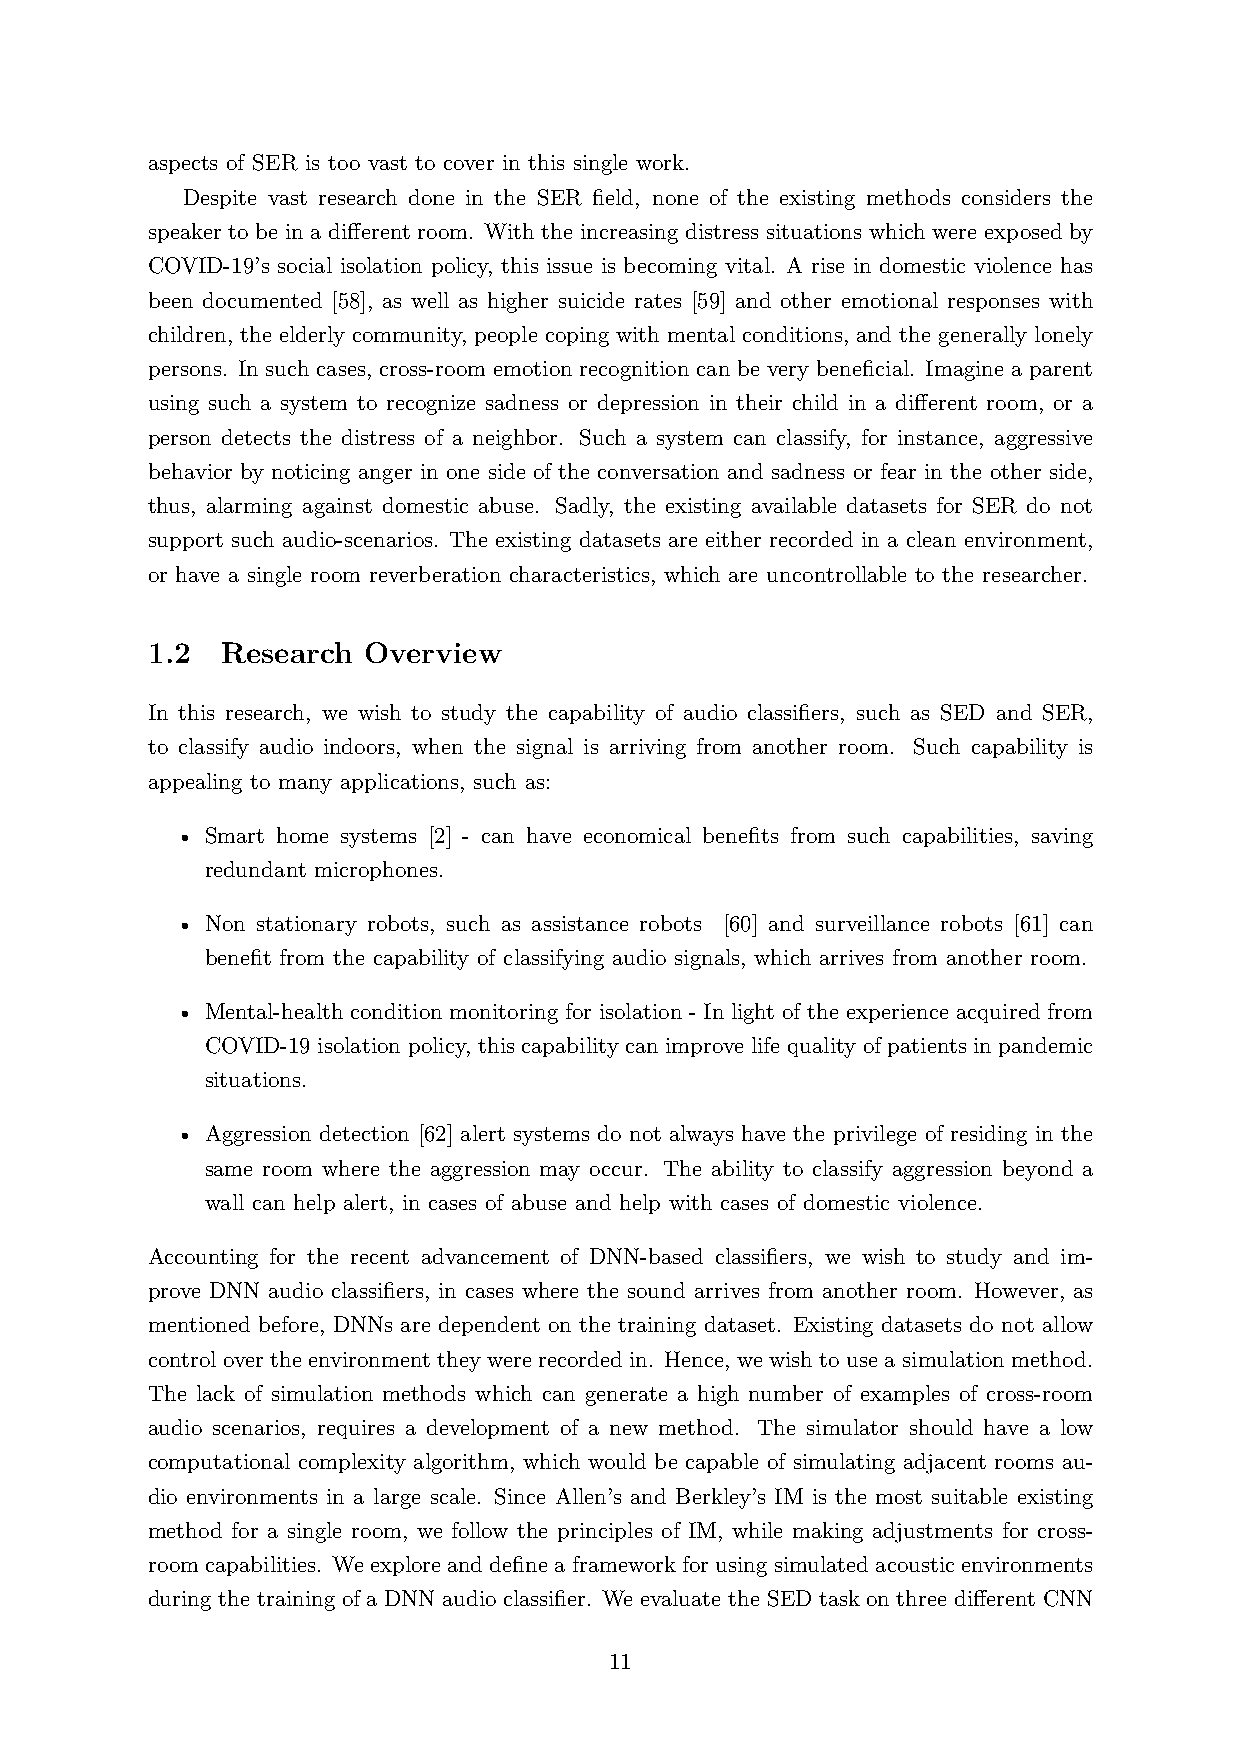
aspects of SER is too vast to cover in this single work.
 Despite vast research done in the SER field, none of the existing methods considers the
 speaker to be in a different room. With the increasing distress situations which were exposed by
 COVID-19’s social isolation policy, this issue is becoming vital. A rise in domestic violence has
 been documented [58], as well as higher suicide rates [59] and other emotional responses with
 children, the elderly community, people coping with mental conditions, and the generally lonely
 persons. In such cases, cross-room emotion recognition can be very beneficial. Imagine a parent
 using such a system to recognize sadness or depression in their child in a different room, or a
 person detects the distress of a neighbor. Such a system can classify, for instance, aggressive
 behavior by noticing anger in one side of the conversation and sadness or fear in the other side,
 thus, alarming against domestic abuse. Sadly, the existing available datasets for SER do not
 support such audio-scenarios. The existing datasets are either recorded in a clean environment,
 or have a single room reverberation characteristics, which are uncontrollable to the researcher.
 1.2  Research Overview
 In this research, we wish to study the capability of audio classifiers, such as SED and SER,
 to classify audio indoors, when the signal is arriving from another room. Such capability is
 appealing to many applications, such as:
 • Smart home systems [2] - can have economical benefits from such capabilities, saving
 redundant microphones.
 • Non stationary robots, such as assistance robots [60] and surveillance robots [61] can
 benefit from the capability of classifying audio signals, which arrives from another room.
 • Mental-health condition monitoring for isolation - In light of the experience acquired from
 COVID-19 isolation policy, this capability can improve life quality of patients in pandemic
 situations.
 • Aggression detection [62] alert systems do not always have the privilege of residing in the
 same room where the aggression may occur. The ability to classify aggression beyond a
 wall can help alert, in cases of abuse and help with cases of domestic violence.
 Accounting for the recent advancement of DNN-based classifiers, we wish to study and im-
 prove DNN audio classifiers, in cases where the sound arrives from another room. However, as
 mentioned before, DNNs are dependent on the training dataset. Existing datasets do not allow
 controloverthe environment they wererecorded in. Hence, we wish to use a simulationmethod.
 The lack of simulation methods which can generate a high number of examples of cross-room
 audio scenarios, requires a development of a new method. The simulator should have a low
 computational complexity algorithm, which would be capable of simulating adjacent rooms au-
 dio environments in a large scale. Since Allen’s and Berkley’s IM is the most suitable existing
 method for a single room, we follow the principles of IM, while making adjustments for cross-
 roomcapabilities. Weexploreanddefineaframeworkforusingsimulatedacousticenvironments
 during the training of a DNN audio classifier. We evaluate the SED task on three different CNN
 11